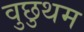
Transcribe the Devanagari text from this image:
वुछुथम